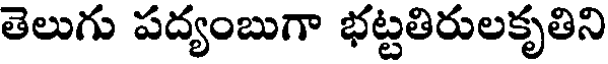
తెలుగు పద్యంబుగా భట్టతిరులకృతిని